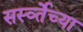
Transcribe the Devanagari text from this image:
सर्स्व्तेच्या